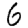
Digit: 6